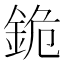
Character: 䤥